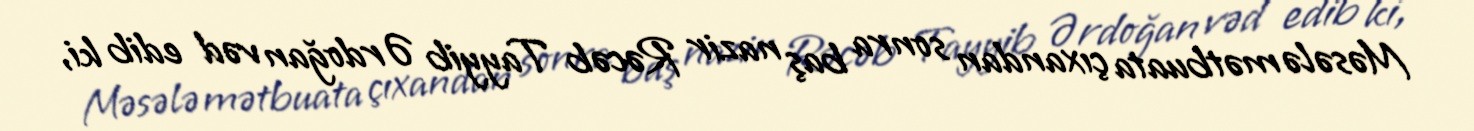
Məsələ mətbuata çıxandan sonra baş nazir Rəcəb Tayyib Ərdoğan vəd edib ki,